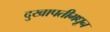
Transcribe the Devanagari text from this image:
दुखापतीमधून